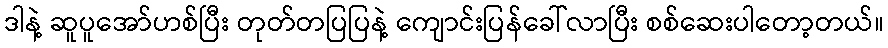
ဒါနဲ့ ဆူပူအော်ဟစ်ပြီး တုတ်တပြပြနဲ့ ကျောင်းပြန်ခေါ်လာပြီး စစ်ဆေးပါတော့တယ်။